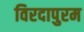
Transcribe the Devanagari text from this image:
विरदापुरम